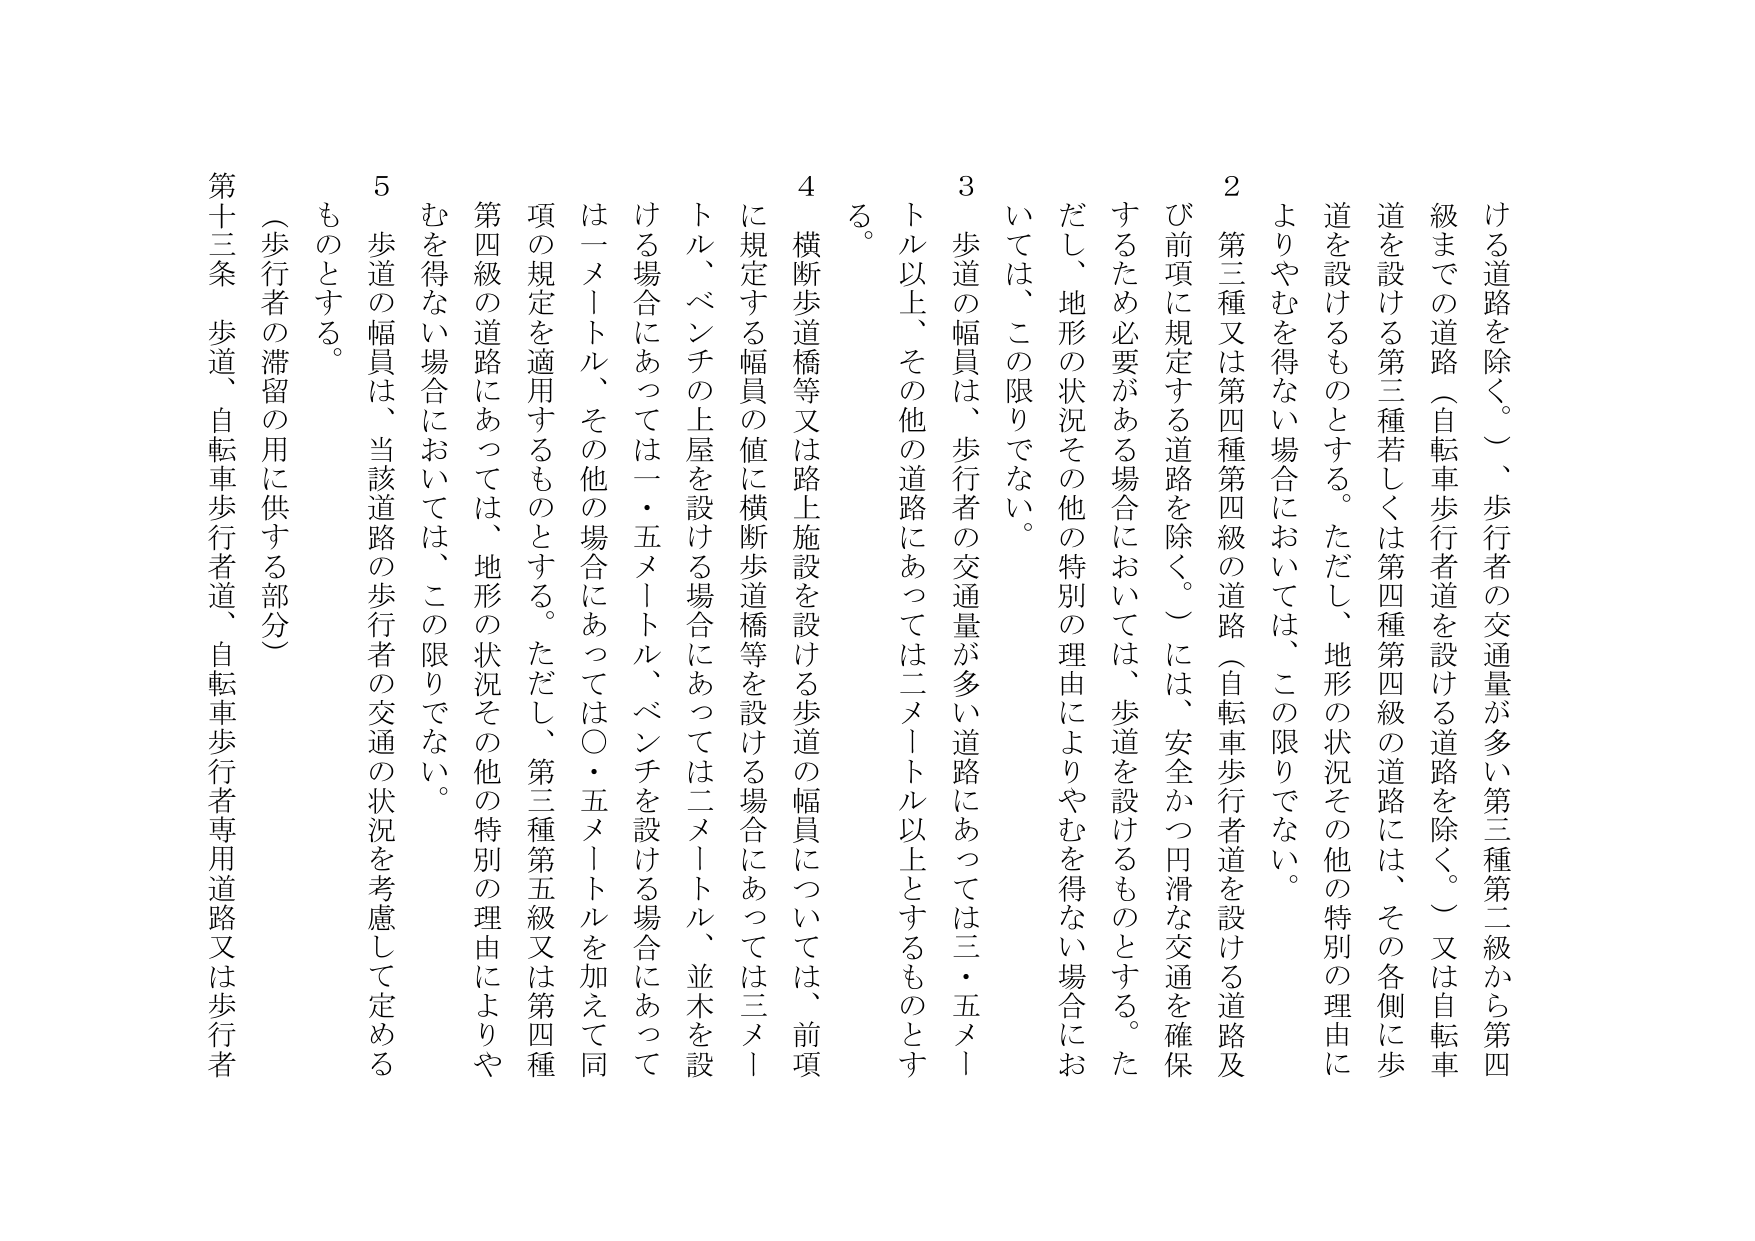
ける道路を除く。） 、歩行者の交通量が多い第三種第二級から第四
級までの道路（自転車歩行者道を設ける道路を除く。）又は自転車
道を設ける第三種若しくは第四種第四級の道路には、その各側に歩
道を設けるものとする。ただし、地形の状況その他の特別の理由に
よりやむを得ない場合においては、この限りでない。
2 第三種又は第四種第四級の道路（自転車歩行者道を設ける道路及
び前項に規定する道路を除く。）には、安全かつ円滑な交通を確保
するため必要がある場合においては、歩道を設けるものとする。た
だし、地形の状況その他の特別の理由によりやむを得ない場合にお
いては、この限りでない。
3 歩道の幅員は、歩行者の交通量が多い道路にあっては三・五メー
トル以上、その他の道路にあっては二メートル以上とするものとす
る。
4 横断歩道橋等又は路上施設を設ける歩道の幅員については、前項
に規定する幅員の値に横断歩道橋等を設ける場合にあっては三メー
トル、ベンチの上屋を設ける場合にあっては二メートル、並木を設
ける場合にあっては一・五メートル、ベンチを設ける場合にあって
は一メートル、その他の場合にあっては〇・五メートルを加えて同
項の規定を適用するものとする。ただし、第三種第五級又は第四種
第四級の道路にあっては、地形の状況その他の特別の理由によりや
むを得ない場合においては、この限りでない。
5 歩道の幅員は、当該道路の歩行者の交通の状況を考慮して定める
ものとする。
（歩行者の滞留の用に供する部分）
第十三条 歩道、自転車歩行者道、自転車歩行者専用道路又は歩行者